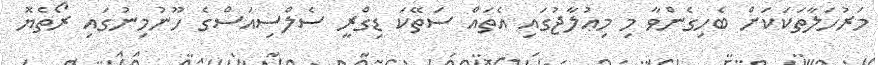
މަރުހަލާތަކަކަށް ބެހިގެންވާ މި މިޢުލާޖުގައި އެތައް ސަތޭކަ ޑިގްރީ ސެލްސިއަސްގެ ހޫނުމިނުގައި ރޯތެޔޮ